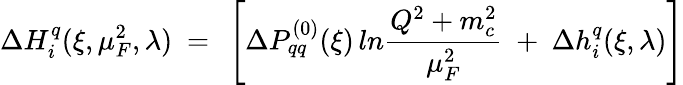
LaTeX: \Delta H_{i}^{q}(\xi,\mu_{F}^{2},\lambda)\ =\ \left[\Delta P_{qq}^{(0)}(\xi)\, ln\frac{Q^{2}+m_{c}^{2}}{\mu_{F}^{2}}\ +\ \Delta h_{i}^{q}(\xi,\lambda)\right]